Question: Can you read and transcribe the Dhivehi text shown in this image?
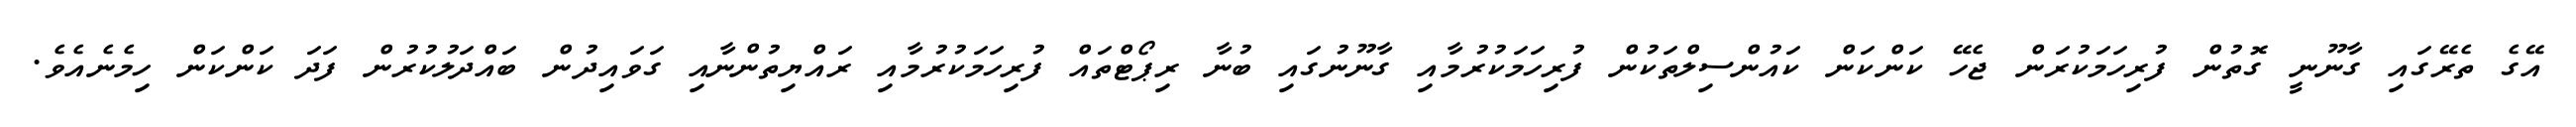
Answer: އޭގެ ތެރޭގައި ގާނޫނީ ގޮތުން ފުރިހަމަކުރަން ޖެހޭ ކަންކަން ކައުންސިލްތަކުން ފުރިހަމަކުރުމާއި ގާނޫނުގައި ބުނާ ރިޕޯޓްތައް ފުރިހަމަކުރުމާއި ރައްޔިތުންނާއި ގަވައިދުން ބައްދަލުކުރުން ފަދަ ކަންކަން ހިމެނެއެވެ.